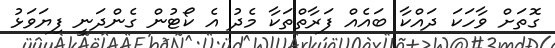
ގޮތަށް ވާހަކަ ދައްކާ ބައެއް ފަރާތްތަކާ މެދު އެ ކޯޓުން ގެންދަނީ ފިޔަވަޅު